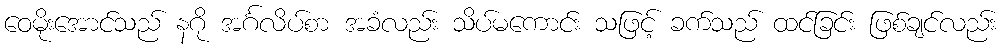
ဝေမိုးအောင်သည် နဂို အင်္ဂလိပ်စာ အခံလည်း သိပ်မကောင်း သဖြင့် ခက်သည် ထင်ခြင်း ဖြစ်ချင်လည်း